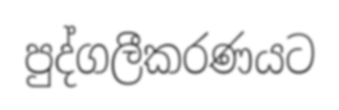
පුද්ගලීකරණයට